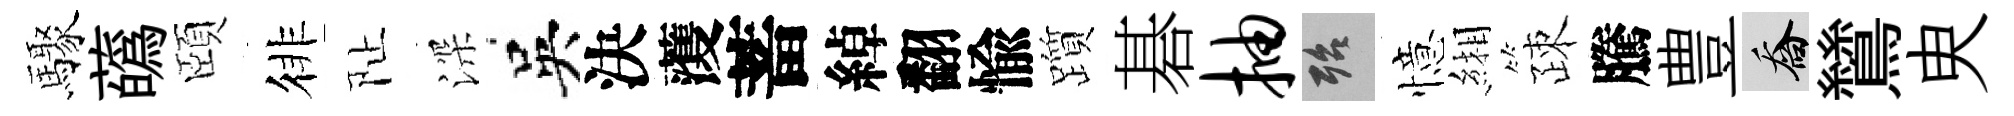
驟蘤頤徘阯深吳決𮑮蓄綽翻愉躓碁抽殆憶緗疎騰豊喬鷥㬰